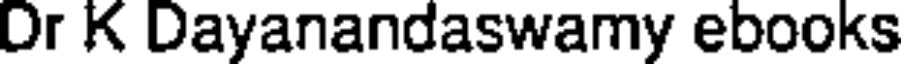
Dr K Dayanandaswamy ebooks